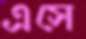
এসে